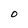
Character: O